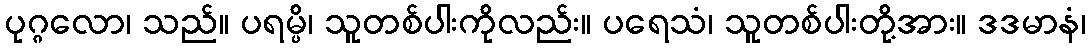
ပုဂ္ဂလော၊ သည်။ ပရမ္ပိ၊ သူတစ်ပါးကိုလည်း။ ပရေသံ၊ သူတစ်ပါးတို့အား။ ဒဒမာနံ၊